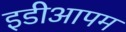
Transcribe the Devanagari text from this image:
इडीआपम